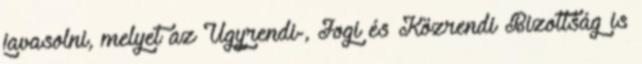
javasolni, melyet az Ügyrendi-, Jogi és Közrendi Bizottság is